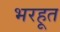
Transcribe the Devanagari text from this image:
भरहूत